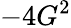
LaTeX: -4G^{2}